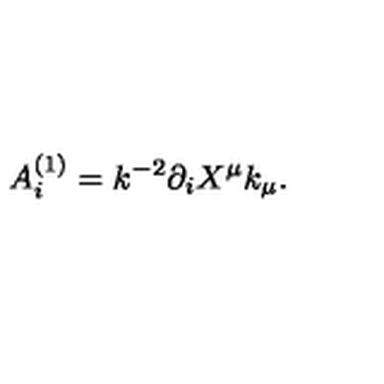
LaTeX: A _ { i } ^ { ( 1 ) } = k ^ { - 2 } \partial _ { i } X ^ { \mu } k _ { \mu } .